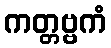
ကတ္တဗ္ဗကံ